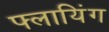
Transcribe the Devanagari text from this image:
फ्लायिंग